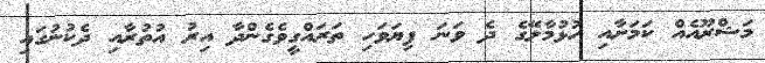
މަޝްރޫއެއް ކަމަށާއި ހުޅުމާލޭގެ ދެ ވަނަ ފިޔަވަހި ތަރައްގީވެގެންދާ އިރު އުތުރާއި ދެކުނުގައި